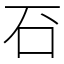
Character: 䂖